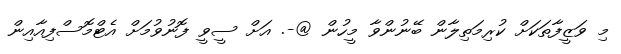
މި ވަޒީފާތަކަށް ކުރިމަތިލާން ބޭނުންވާ މީހުން @-. އަށް ސީވީ ފޮނުވުމަށް އެޓްމޮސްފިއާއިން